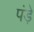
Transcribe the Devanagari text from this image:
पंड़े